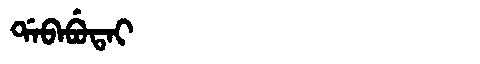
Manchu: ᡩᠠᠪᠠᠪᡠᡨᠠᡳ
Romanization: DABABUTAI